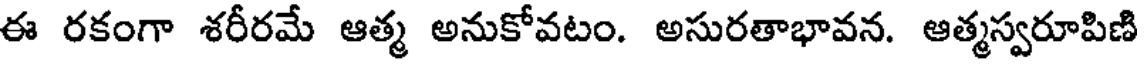
ఈ రకంగా శరీరమే ఆత్మ అనుకోవటం. అసురతాభావన. ఆత్మస్వరూపిణి